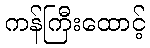
ကန်ကြီးထောင့်